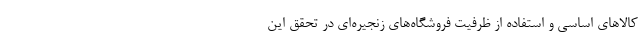
کالاهای اساسی و استفاده از ظرفیت فروشگاه‌های زنجیره‌ای در تحقق این